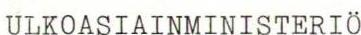
ULKOASIAINMINISTERIÖ